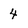
Character: 4